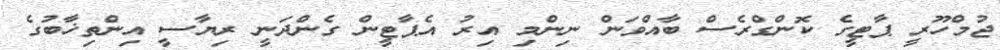
ޖުމްހޫރީ ޕާޓީގެ ކޮންގްރެސް ބާއްވަން ނިންމި އިރު އެޕާޓީން ގެންދަނީ ރިޔާސީ އިންތިޚާބުގެ